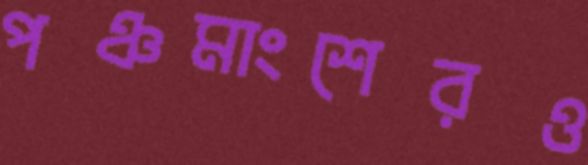
পঞ্চমাংশেরও